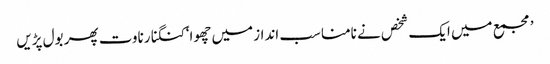
’مجمع میں ایک شخص نے نامناسب انداز میں چھوا‘کنگنا رناوت پھر بول پڑیں